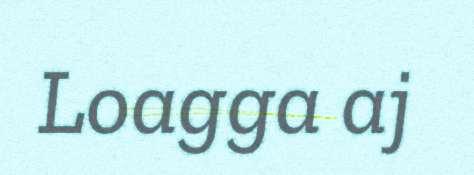
Loagga aj